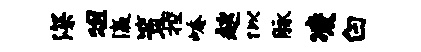
深俎瀛策控崦趑似脉凌白